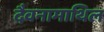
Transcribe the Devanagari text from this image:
दैवनामाथिल